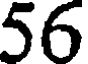
56